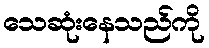
သေဆုံးနေသည်ကို